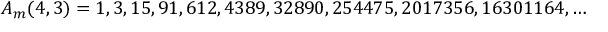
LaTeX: A _ { m } ( 4 , 3 ) = 1 , 3 , 1 5 , 9 1 , 6 1 2 , 4 3 8 9 , 3 2 8 9 0 , 2 5 4 4 7 5 , 2 0 1 7 3 5 6 , 1 6 3 0 1 1 6 4 , \ldots